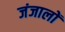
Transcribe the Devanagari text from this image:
जंजालों